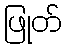
ဖြုတ်